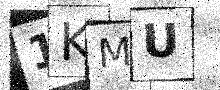
Text: 1KMU